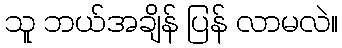
သူ ဘယ်အချိန် ပြန် လာမလဲ။